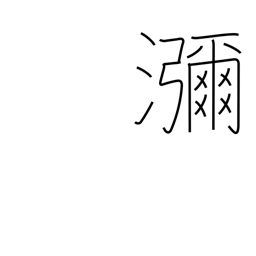
Meaning: copious flow